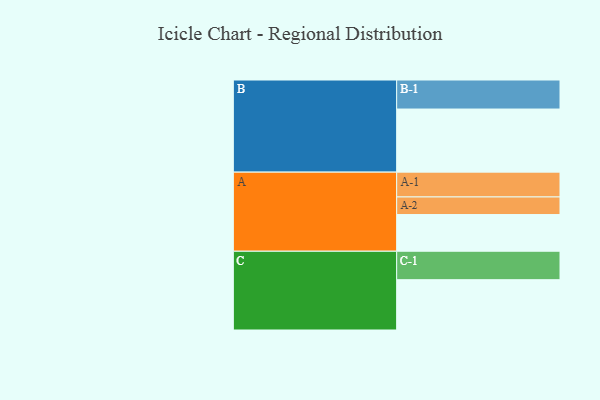
{"axis": {"x": "Segment", "y": "Value"}, "legend": ["", "A", "B", "C"], "data": [{"x": "A", "y": 321, "type": ""}, {"x": "B", "y": 552, "type": ""}, {"x": "C", "y": 440, "type": ""}, {"x": "A-1", "y": 217, "type": "A"}, {"x": "A-2", "y": 154, "type": "A"}, {"x": "B-1", "y": 254, "type": "B"}, {"x": "C-1", "y": 249, "type": "C"}]}